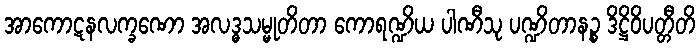
အာကောဋနလက္ခဏော အလဒ္ဓသမ္မုတိတာ ကောရဏ္ဍိယ ပါဏီသု ပဏ္ဍိတာနဉ္စ ဒိဋ္ဌိဝိပတ္တီတိ